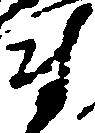
尉